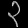
Digit: ၃